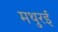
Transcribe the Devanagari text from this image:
मथुरई